Annual administration report of the Civil Veterinary Department, Sind - 1944-1945
Year: 1944
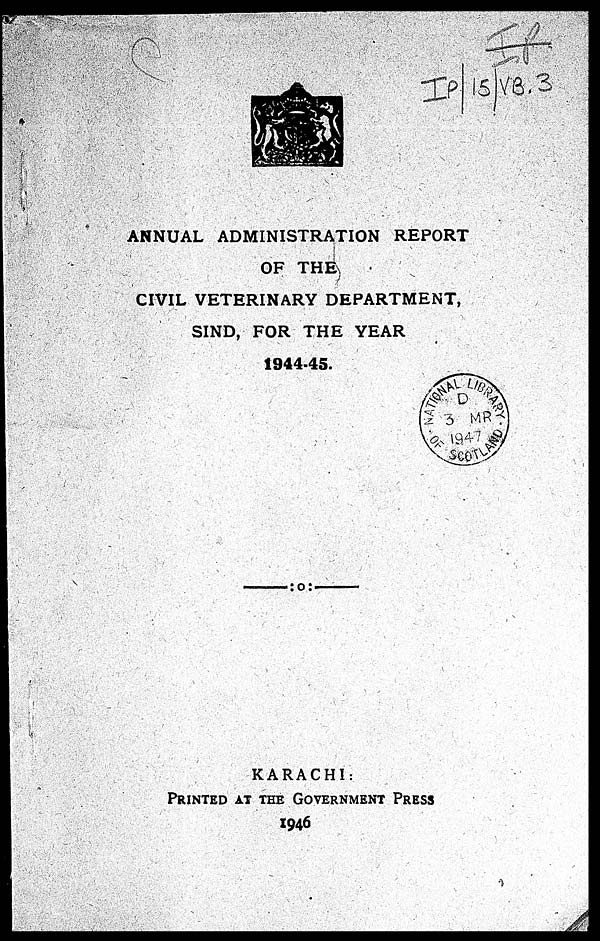
ANNUAL ADMINISTRATION REPORT
OF THE
CIVIL VETERINARY DEPARTMENT,
SIND, FOR THE YEAR
1944-45.
KARACHI:
PRINTED AT THE GOVERNMENT PRESS
1946